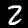
Label: 2